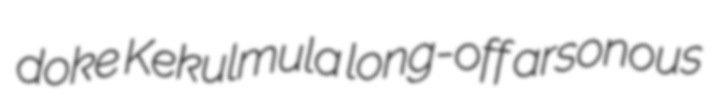
doke Kekulmula long-off arsonous